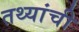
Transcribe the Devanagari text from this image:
तथ्यांची